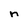
Character: n